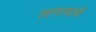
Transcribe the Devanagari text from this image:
लागल्याची